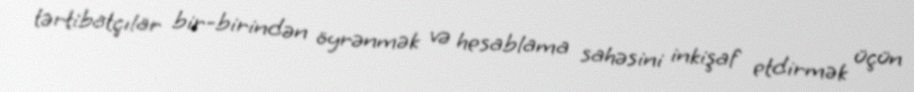
tərtibatçılar bir-birindən öyrənmək və hesablama sahəsini inkişaf etdirmək üçün